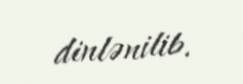
dinlənilib.